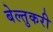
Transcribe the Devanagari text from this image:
बेल्तुकरी